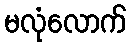
မလုံလောက်